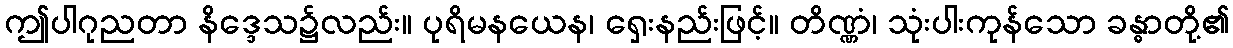
ဤပါဂုညတာ နိဒ္ဒေသ၌လည်း။ ပုရိမနယေန၊ ရှေးနည်းဖြင့်။ တိဏ္ဏံ၊ သုံးပါးကုန်သော ခန္ဓာတို့၏